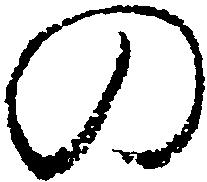
の